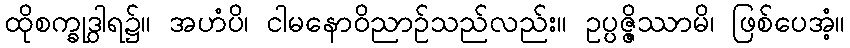
ထိုစက္ခုဒွါရ၌။ အဟံပိ၊ ငါမနောဝိညာဉ်သည်လည်း။ ဥပ္ပဇ္ဇိဿာမိ၊ ဖြစ်ပေအံ့။